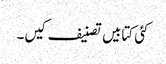
کئی کتابیں تصنیف کیں۔